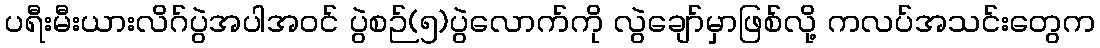
ပရီးမီးယားလိဂ်ပွဲအပါအဝင် ပွဲစဉ်(၅)ပွဲလောက်ကို လွဲချော်မှာဖြစ်လို့ ကလပ်အသင်းတွေက